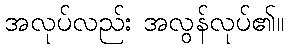
အလုပ်လည်း အလွန်လုပ်၏။